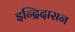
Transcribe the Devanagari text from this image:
इन्द्रिदासन